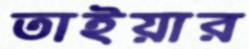
তাইয়ার